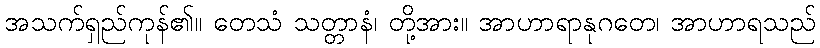
အသက်ရှည်ကုန်၏။ တေသံ သတ္တာနံ၊ တို့အား။ အာဟာရာနုဂတေ၊ အာဟာရသည်